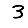
Digit: 3